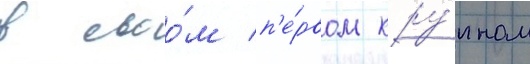
в своо́м п'е́рвом кру́пном